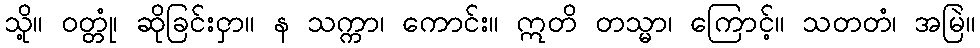
သို့။ ဝတ္တုံ၊ ဆိုခြင်းငှာ။ န သက္ကာ၊ ကောင်း။ ဣတိ တသ္မာ၊ ကြောင့်။ သတတံ၊ အမြဲ။